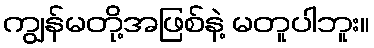
ကျွန်မတို့အဖြစ်နဲ့ မတူပါဘူး။